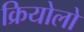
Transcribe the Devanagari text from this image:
क्रियोलो